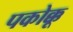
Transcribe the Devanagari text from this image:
पकोक्कू